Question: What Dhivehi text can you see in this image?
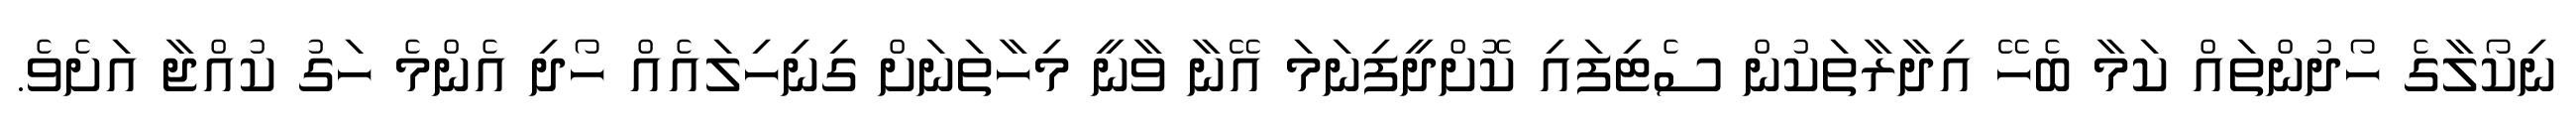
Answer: ނިކޯލާގެ ހޯދުންތައް ކަމާ ބެހޭ އިދާރާތަކުން ސެޓިފައި ކޮށްދީފިނަމަ އޭނާ ވާނީ މިހާތަނަށް ގިނިހިލައެއް ހޯދި އެންމެ ހަގު ކުއްޖާ އަށެވެ.